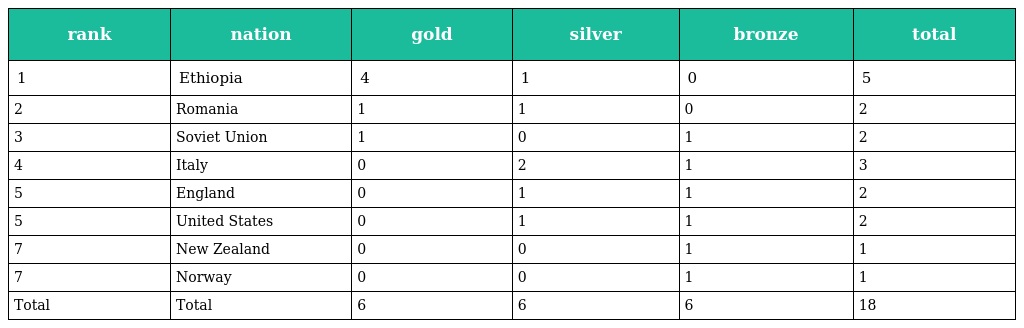
| rank | nation | gold | silver | bronze | total |
 | --- | --- | --- | --- | --- | --- |
 | 1 | Ethiopia | 4 | 1 | 0 | 5 |
 | 2 | Romania | 1 | 1 | 0 | 2 |
 | 3 | Soviet Union | 1 | 0 | 1 | 2 |
 | 4 | Italy | 0 | 2 | 1 | 3 |
 | 5 | England | 0 | 1 | 1 | 2 |
 | 5 | United States | 0 | 1 | 1 | 2 |
 | 7 | New Zealand | 0 | 0 | 1 | 1 |
 | 7 | Norway | 0 | 0 | 1 | 1 |
 | Total | Total | 6 | 6 | 6 | 18 |